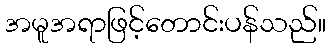
အမူအရာဖြင့်တောင်းပန်သည်။